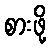
စားဖို့